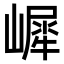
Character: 𡼧